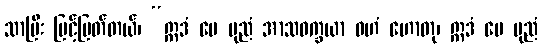
သာပြီး မြင့်မြတ်တယ်၊ “ဣဒံ မေ ပုညံ အာသဝက္ခယာ ဝဟံ ဟောတု၊ ဣဒံ မေ ပုညံ